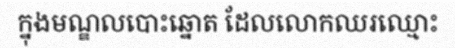
ក្នុងមណ្ឌលបោះឆ្នោត ដែលលោកឈរឈ្មោះ